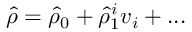
\hat { \rho } = \hat { \rho } _ { 0 } + \hat { \rho } _ { 1 } ^ { i } v _ { i } + . . .